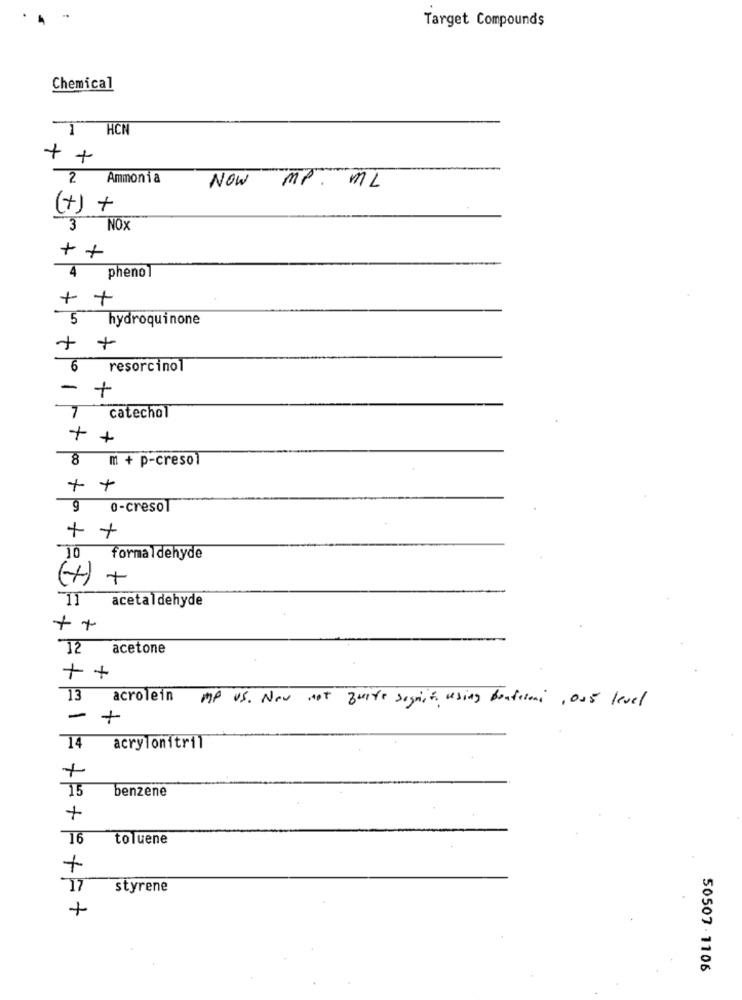
Target Compounds
Chemical
1 HCN
+ +
2
Ammonia
NOW MP. ML
(+)
+
3 NOX
++
4
phenol
+ +
5 hydroquinone
+
- +
6
resorcinol
-
+
catechol
++
8 m + p-cresol
+
+
9
0-cresol
+ +
formaldehyde
(H) +
11 acetaldehyde
+ +
72
acetone
++
13 acrolein
MP US. Now not quite segnif using bonfiloni, 005 level
- +
14
acrylonitril
+
15
benzene
+
76
toluene
+
17
styrene
50507-1106